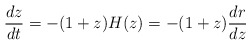
\begin{align*} \frac{dz}{dt}=-(1+z)H(z)=-(1+z) \frac{dr}{dz}\end{align*}